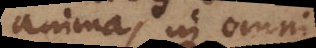
anima, in omni